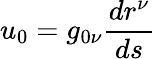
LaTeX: u_{0}=g_{0\nu}\frac{dr^{\nu}}{ds}